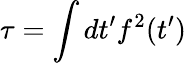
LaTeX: \tau=\int dt^{\prime}f^{2}(t^{\prime})